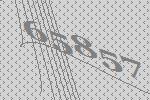
65857